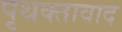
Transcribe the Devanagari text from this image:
पृथक्तावाद